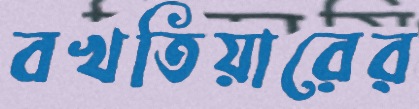
বখতিয়ারের